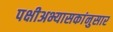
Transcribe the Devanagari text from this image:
पक्षीअभ्यासकांनुसार